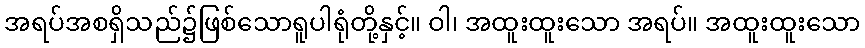
အရပ်အစရှိသည်၌ဖြစ်သောရူပါရုံတို့နှင့်။ ဝါ၊ အထူးထူးသော အရပ်။ အထူးထူးသော